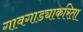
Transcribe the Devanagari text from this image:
गावगाड्याकरिता